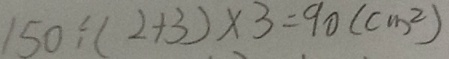
1 5 0 \div ( 2 + 3 ) \times 3 = 9 0 ( c m ^ { 2 } )